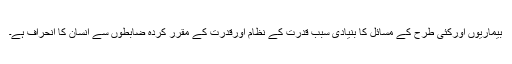
بیماریوں اورکئی طرح کے مسائل کا بنیادی سبب قدرت کے نظام اورقدرت کے مقرر کردہ ضابطوں سے انسان کا انحراف ہے۔